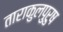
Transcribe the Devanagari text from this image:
ताराकुलपुरुष